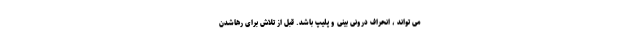
می تواند ، انحراف درونی بینی و پلیپ باشد. قبل از تلاش برای رهاشدن